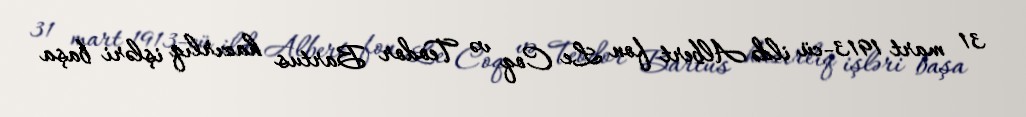
31 mart 1913-cü ildə Albert fon Le Coq və Teodor Bartus hazırlıq işləri başa